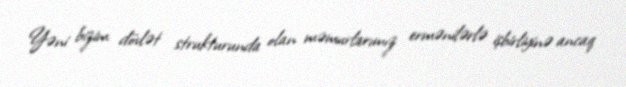
Yəni bizim dövlət strukturunda olan məmurlarımız ermənilərlə işbirliyinə ancaq